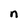
Character: n